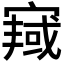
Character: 𫳿